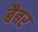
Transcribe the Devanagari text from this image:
बैबर